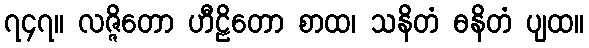
၇၄၇။ လဇ္ဇိတော ဟီဠိတော စာထ၊ သနိတံ ဓနိတံ ပျထ။